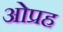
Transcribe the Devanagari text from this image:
ओप्रह